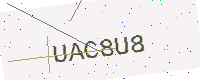
Text: UAC8U8